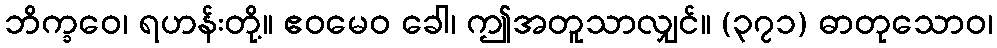
ဘိက္ခဝေ၊ ရဟန်းတို့။ ဧဝမေဝ ခေါ၊ ဤအတူသာလျှင်။ (၃၇၁) ဓာတုသောဝ၊